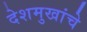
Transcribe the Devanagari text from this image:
देशमुखांचे